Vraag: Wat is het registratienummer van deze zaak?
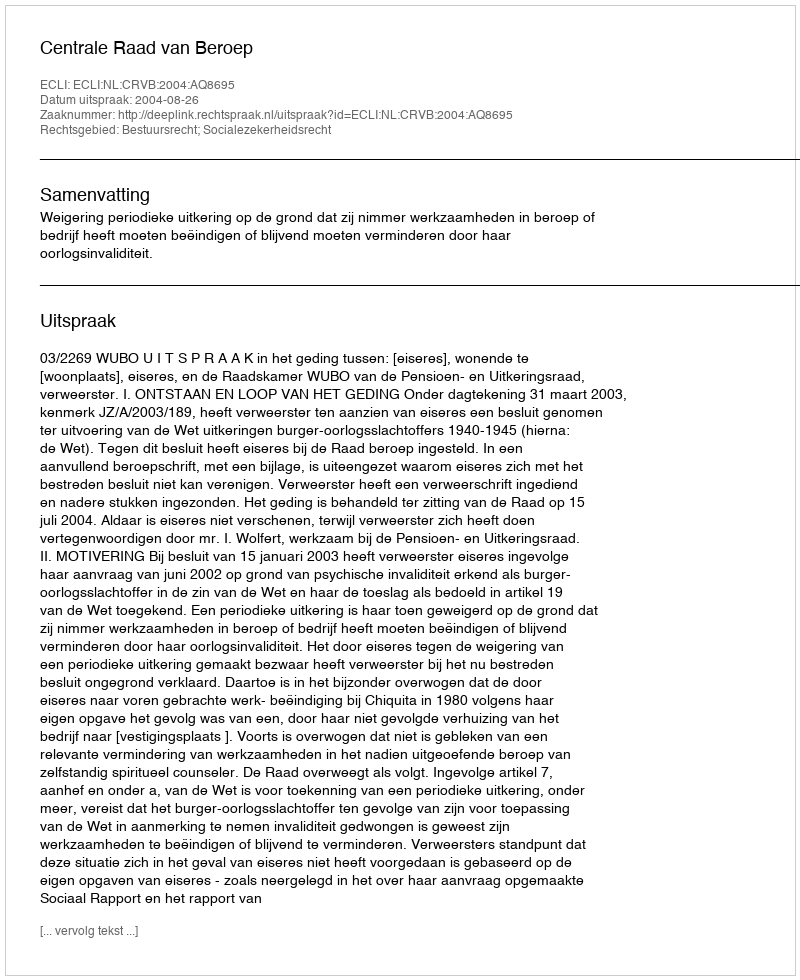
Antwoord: http://deeplink.rechtspraak.nl/uitspraak?id=ECLI:NL:CRVB:2004:AQ8695